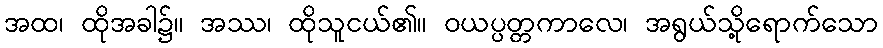
အထ၊ ထိုအခါ၌။ အဿ၊ ထိုသူငယ်၏။ ဝယပ္ပတ္တကာလေ၊ အရွယ်သို့ရောက်သော